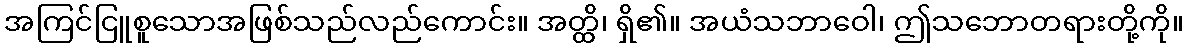
အကြင်ငြူစူသောအဖြစ်သည်လည်ကောင်း။ အတ္ထိ၊ ရှိ၏။ အယံသဘာဝေါ၊ ဤသဘောတရားတို့ကို။